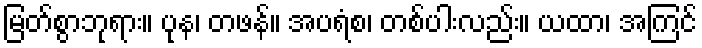
မြတ်စွာဘုရား။ ပုန၊ တဖန်။ အပရံစ၊ တစ်ပါးလည်း။ ယထာ၊ အကြင်